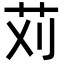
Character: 苅